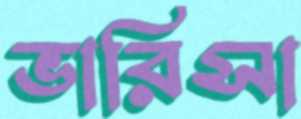
ভারিসা